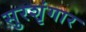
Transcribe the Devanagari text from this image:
सुरशृंगार